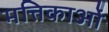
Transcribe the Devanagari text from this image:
मत्तिकाओं